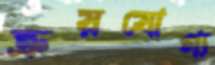
ক্রয়যোগ্য